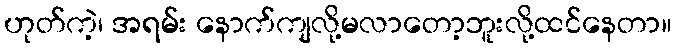
ဟုတ်ကဲ့၊ အရမ်း နောက်ကျလို့မလာတော့ဘူးလို့ထင်နေတာ။